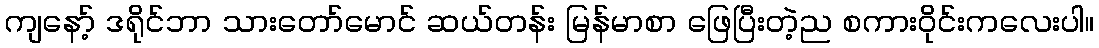
ကျနော့် ဒရိုင်ဘာ သားတော်မောင် ဆယ်တန်း မြန်မာစာ ဖြေပြီးတဲ့ည စကားဝိုင်းကလေးပါ။